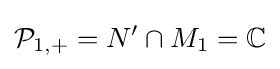
{\mathcal {P}}_{1,+}=N'\cap M_{1}=\mathbb {C}